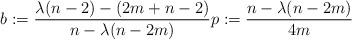
LaTeX: \begin{align*}b := \frac{\lambda(n-2) -(2m+n-2)}{n-\lambda(n-2m)}p := \frac{n-\lambda(n-2m)}{4m}\end{align*}